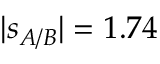
\vert s _ { A / B } \vert = 1 . 7 4